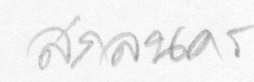
สกลนคร